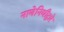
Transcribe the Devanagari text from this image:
नाणेनिधीद्वारे